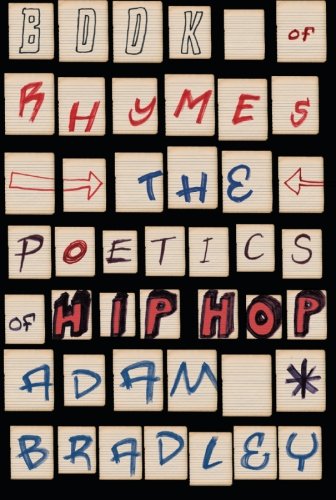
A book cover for Book of Rhymes: The Poetics of Hip Hop; Adam Bradley; Arts & Photography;